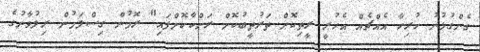
ގެންގުޅުނު ހުރިހާ އެއްޗެއް އެހުރީ ރީތިކޮށް ތަރުތީބުކޮށް ރަށްކާކޮށްފައި" ރޮމުން ގިސްލަމުން ރިލުވާނުގެ